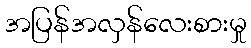
အပြန်အလှန်လေးစားမှု